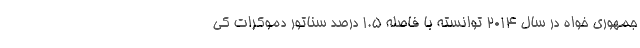
جمهوری خواه در سال 2014 توانسته با فاصله 1.5 درصد سناتور دموکرات کی